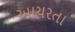
આચરતા